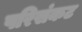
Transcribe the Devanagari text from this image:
परिसंकट